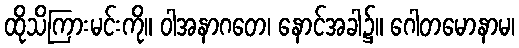
ထိုသိကြားမင်းကို။ ဝါအနာဂတေ၊ နောင်အခါ၌။ ဂေါတမောနာမ၊